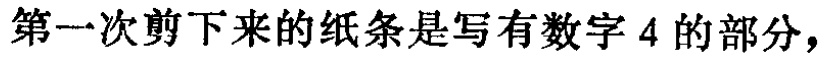
第一次剪下来的纸条是写有数字 4 的部分，